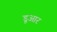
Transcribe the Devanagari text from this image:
डूआर